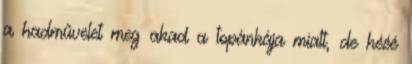
a hadművelet meg akad a topánkája miatt, de hééé